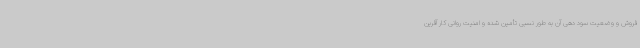
فروش و وضعیت سود دهی آن به طور نسبی تأمین شده و امنیت روانی کار آفرین